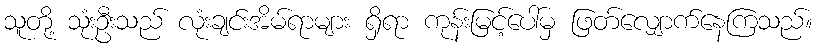
သူတို့ သုံးဦးသည် လုံးချင်းအိမ်ရာများ ရှိရာ ကုန်းမြင့်ပေါ်မှ ဖြတ်လျှောက်နေကြသည်။